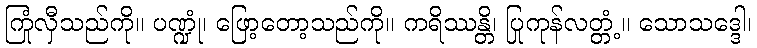
ကြုံလှီသည်ကို။ ပဏ္ဍုံ၊ ဖြော့တော့သည်ကို။ ကရိဿန္တိ၊ ပြုကုန်လတ္တံ့။ သောသဒ္ဒေါ၊